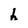
Character: h